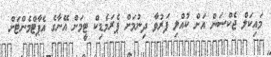
މައިކަލް ޖެކްސަން އަށް ކުއްލި ފަރުވާ ދިނުމަށް ޕެރަމެޑިކް ޓީމަށް އޭނާގެ އެޕާޓްމެންޓަށް